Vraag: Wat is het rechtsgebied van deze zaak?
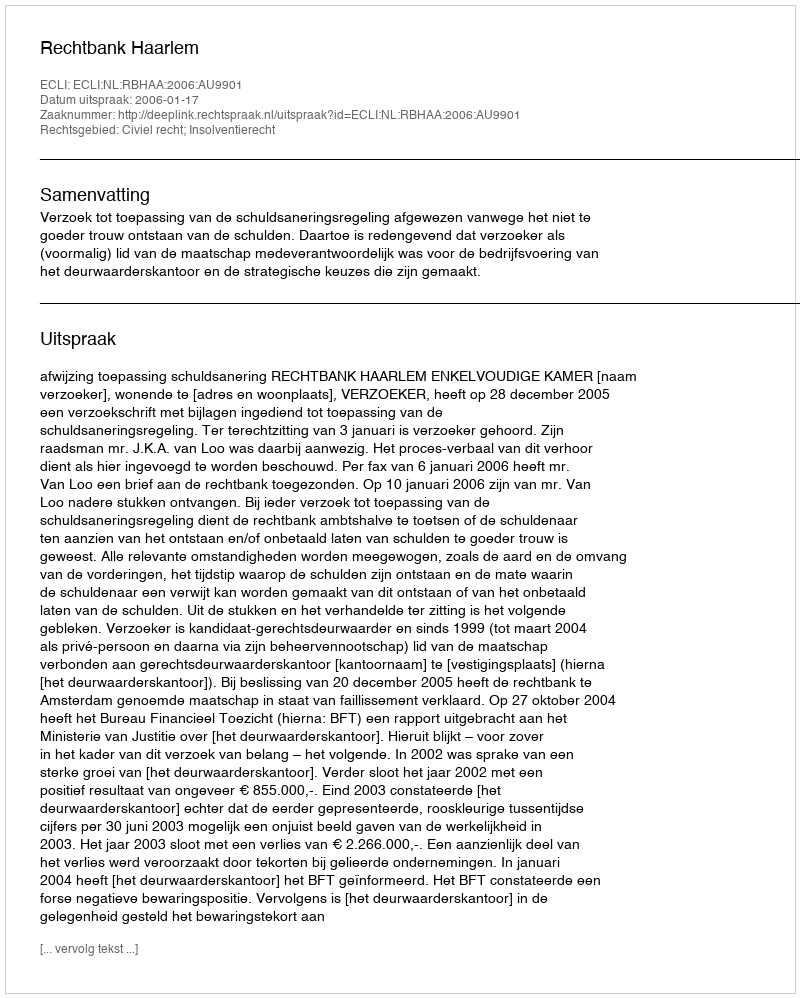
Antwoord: Civiel recht; Insolventierecht